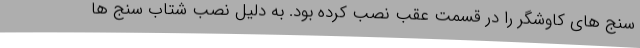
سنج های کاوشگر را در قسمت عقب نصب کرده بود. به دلیل نصب شتاب سنج ها